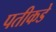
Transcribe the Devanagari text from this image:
पतीकडे